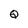
Character: Q